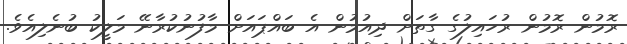
ރޮމުން ރޮމުން ރުހައިލުގެ ގާތަށް ދިއުމުން އެ ބައްޕައަށް މާފުނުކުރާނޭ މަލީކު ބުނެލިއެވެ.